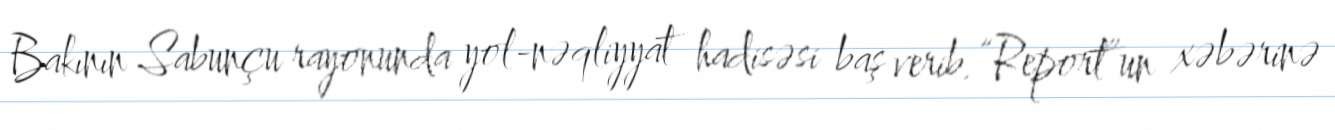
Bakının Sabunçu rayonunda yol-nəqliyyat hadisəsi baş verib.“Report”un xəbərinə